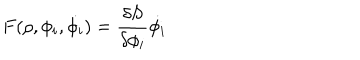
LaTeX: F ( \rho , \phi _ { i } , \dot { \phi _ { i } } ) = { \frac { \delta S } { \delta \phi _ { i } } } \dot { \phi _ { i } }